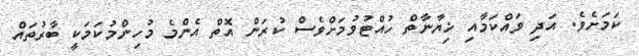
ކަމަށެވެ. އަދި ވައްކަމާއި ޚިޔާނާތް ހުއްޓުވުމަށްވެސް ކުރަން އޮތް އެންމެ މުހިންމުކަމަކީ ބާރުތައް